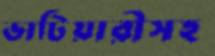
ভাটিয়ারীসহ